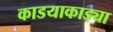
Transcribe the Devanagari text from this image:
काडयाकाड्या